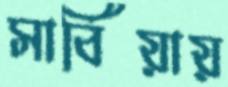
সার্বিয়ায়